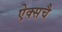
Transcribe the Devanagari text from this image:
ऐक्सचै